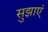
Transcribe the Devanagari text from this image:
सुझाएं